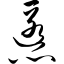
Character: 慝